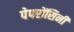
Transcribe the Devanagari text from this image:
पेपरोंसिनी